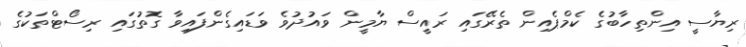
ރިޔާސީ އިންތިހާބުގެ ކެމްޕެއިން ތެރޭގައި ރައީސް ޔާމީން ވައުދުވެ ވަޑައިގެންފައިވާ ގޮތުގައި ރިސޯޓްތަކުގެ